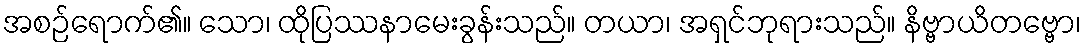
အစဉ်ရောက်၏။ သော၊ ထိုပြဿနာမေးခွန်းသည်။ တယာ၊ အရှင်ဘုရားသည်။ နိဗ္ဗာယိတဗ္ဗော၊